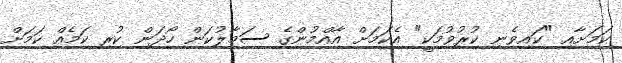
ކަމަށާއި "ކައިވެނި ކުރުވުމަކީ" އެކަމަށް އާއްމުންގެ ސަމާލުކަން ހޯދަން ކުރި ކަމެއް ކަމަށް